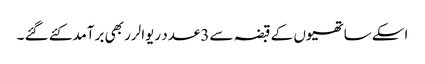
اسکے ساتھیوں کے قبضہ سے 3عدد ریوالرر بھی برآمدکئے گئے ۔